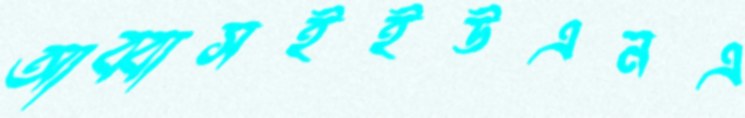
আব্বাসইইউএনএ